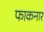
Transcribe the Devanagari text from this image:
फाकनार